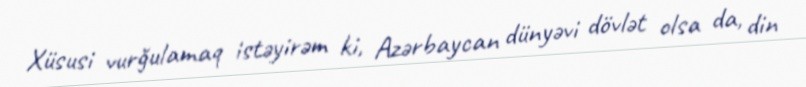
Xüsusi vurğulamaq istəyirəm ki, Azərbaycan dünyəvi dövlət olsa da, din